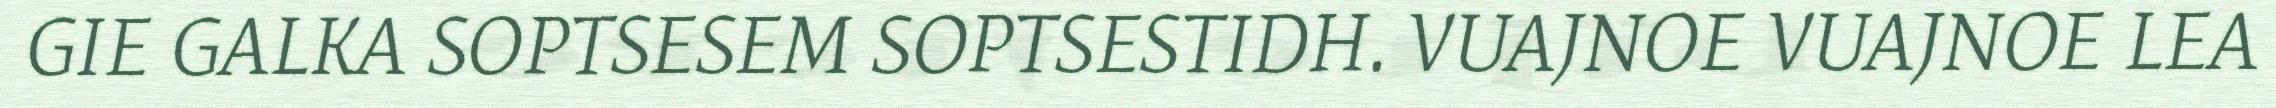
GIE GALKA SOPTSESEM SOPTSESTIDH. VUAJNOE VUAJNOE LEA